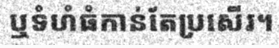
ឬទំហំធំកាន់តែប្រសើរ។